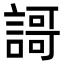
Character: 謌